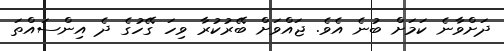
ދަށްވާނެ ކަމަށް ބުނެ އެވެ. ޖައްވަށް ބޭރުކުރާ ވިހަ ގޭހުގެ ދެ އިންސައްތަ